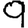
Digit: 9